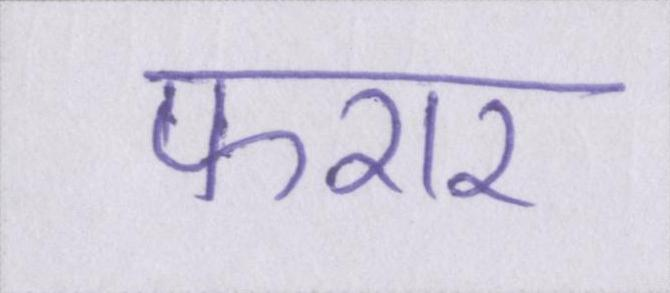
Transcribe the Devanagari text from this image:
फरार